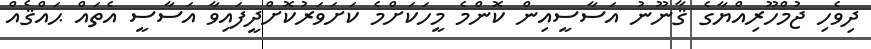
ދިވެހި ޖުމްހޫރިއްޔާގެ ޤާނޫނު އަސާސީއިން ކޮންމެ މީހަކަށްމެ ކަށަވަރުކޮށްދީފައިވާ އަސާސީ އެތައް ޙައްޤެއް